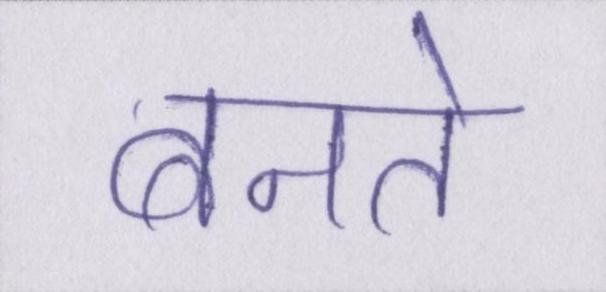
बनते